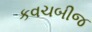
કવચબીજ